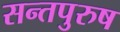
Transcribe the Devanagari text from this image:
सन्तपुरुष